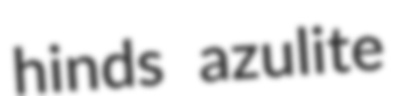
hinds azulite